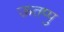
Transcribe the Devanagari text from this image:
ऊतप्पु